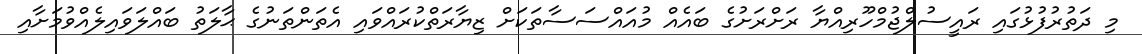
މި ދަތުރުފުޅުގައި ރައީސުލްޖުމްހޫރިއްޔާ ރަށްރަށުގެ ބައެއް މުއައްސަސާތަކަށް ޒިޔާރަތްކުރައްވައި އެތަންތަނުގެ ޙާލަތު ބައްލަވައިލެއްވުމަށާއި